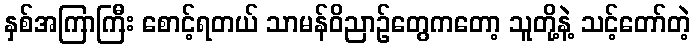
နှစ်အကြာကြီး စောင့်ရတယ် သာမန်ဝိညာဉ်တွေကတော့ သူတို့နဲ့ သင့်တော်တဲ့